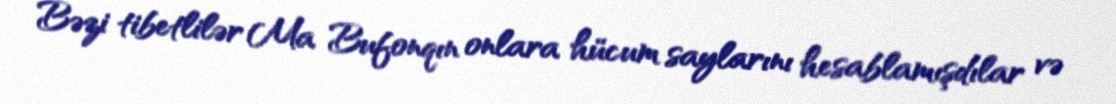
Bəzi tibetlilər Ma Bufonqın onlara hücum saylarını hesablamışdılar və